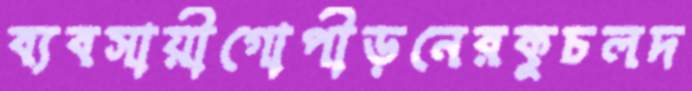
ব্যবসায়ীগোপীড়নেরকুচলদ